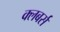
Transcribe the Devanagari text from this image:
क्लबर्स